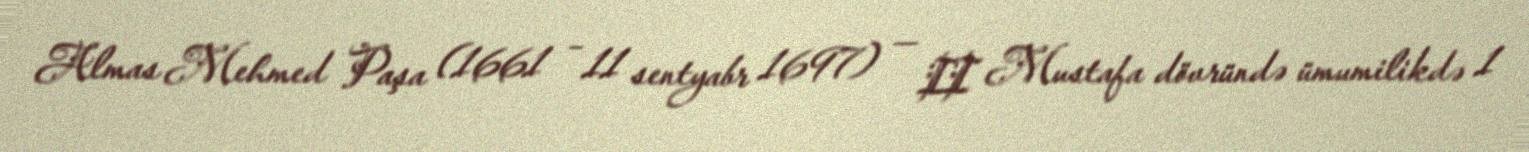
Almas Mehmed Paşa (1661 – 11 sentyabr 1697) — II Mustafa dövründə ümumilikdə 1